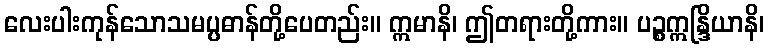
လေးပါးကုန်သောသမပ္ပဓာန်တို့ပေတည်း။ ဣမာနိ၊ ဤတရားတို့ကား။ ပဉ္စဣန္ဒြိယာနိ၊